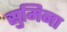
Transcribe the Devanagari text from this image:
सुमिना